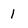
Character: 1